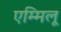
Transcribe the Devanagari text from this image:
एम्मिलू